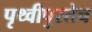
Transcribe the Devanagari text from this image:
पृथ्वीपुरतेच